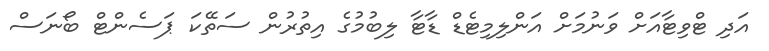
އަދި ޓްވިޓާއަށް ވަނުމަށް އަންލިމިޓެޑް ޑާޓާ ލިބުމުގެ އިތުރުން ސަތޭކަ ޕަސެންޓް ބޯނަސް